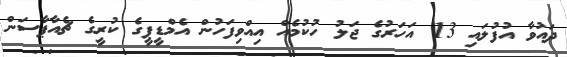
ދައުވާ އުފުލައި 13 އަހަރުގެ ޖަލު ހުކުމެއް އިއްވިފަހުން އެމްޑީޕީގެ ކުރީގެ ޗެއާޕާސަން